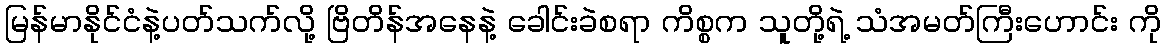
မြန်မာနိုင်ငံနဲ့ပတ်သက်လို့ ဗြိတိန်အနေနဲ့ ခေါင်းခဲစရာ ကိစ္စက သူတို့ရဲ့ သံအမတ်ကြီးဟောင်း ကို